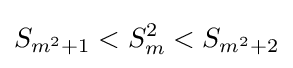
S_{m^{2}+1}<S_{m}^{2}<S_{m^{2}+2}